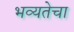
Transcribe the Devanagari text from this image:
भव्यतेचा